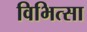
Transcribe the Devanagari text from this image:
विभित्सा